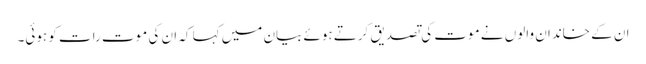
ان کے خاندان والوں نے موت کی تصدیق کرتے ہوئے بیان میں کہا کہ ان کی موت رات کو ہوئی۔